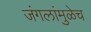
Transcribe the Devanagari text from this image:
जंगलांमुळेच